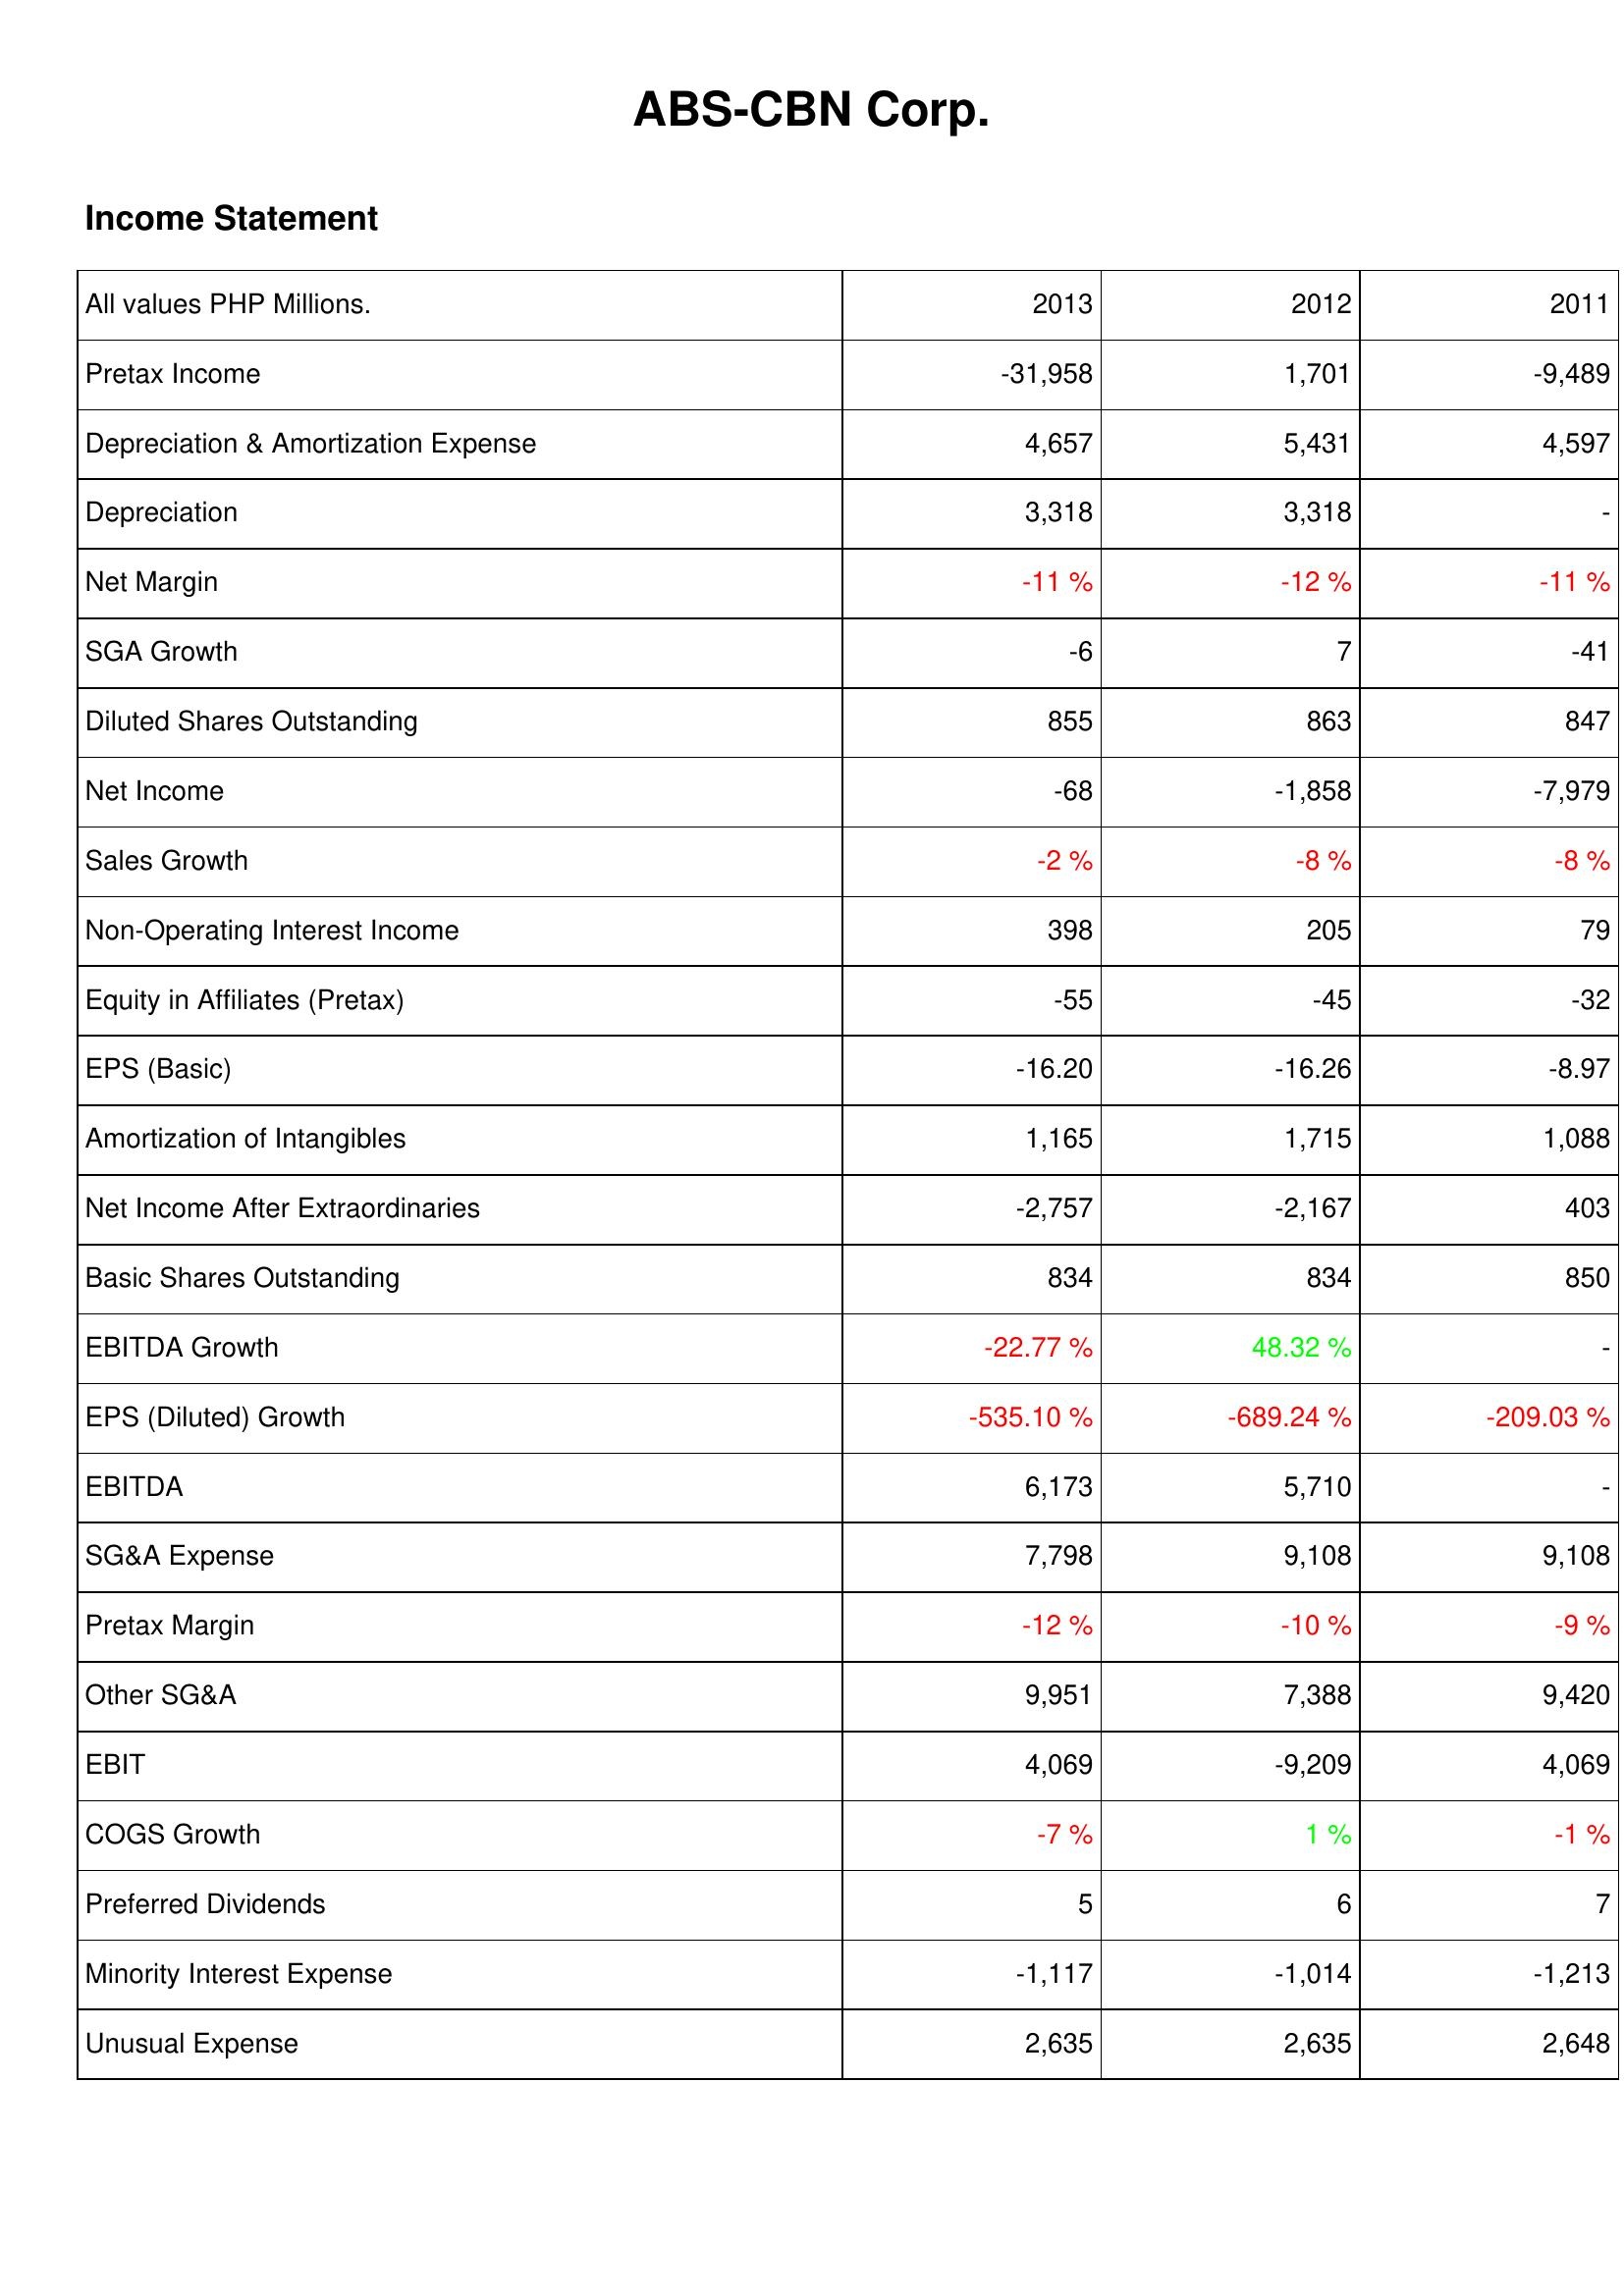
2013: Income Statement: Pretax Income: -31,958
Depreciation & Amortization Expense: 4,657
Depreciation: 3,318
Net Margin: -11 %
SGA Growth: -6
Diluted Shares Outstanding: 855
Net Income: -68
Sales Growth: -2 %
Non-Operating Interest Income: 398
Equity in Affiliates (Pretax): -55
EPS (Basic): -16.20
Amortization of Intangibles: 1,165
Net Income After Extraordinaries: -2,757
Basic Shares Outstanding: 834
EBITDA Growth: -22.77 %
EPS (Diluted) Growth: -535.10 %
EBITDA: 6,173
SG&A Expense: 7,798
Pretax Margin: -12 %
Other SG&A: 9,951
EBIT: 4,069
COGS Growth: -7 %
Preferred Dividends: 5
Minority Interest Expense: -1,117
Unusual Expense: 2,635
2012: Income Statement: Pretax Income: 1,701
Depreciation & Amortization Expense: 5,431
Depreciation: 3,318
Net Margin: -12 %
SGA Growth: 7
Diluted Shares Outstanding: 863
Net Income: -1,858
Sales Growth: -8 %
Non-Operating Interest Income: 205
Equity in Affiliates (Pretax): -45
EPS (Basic): -16.26
Amortization of Intangibles: 1,715
Net Income After Extraordinaries: -2,167
Basic Shares Outstanding: 834
EBITDA Growth: 48.32 %
EPS (Diluted) Growth: -689.24 %
EBITDA: 5,710
SG&A Expense: 9,108
Pretax Margin: -10 %
Other SG&A: 7,388
EBIT: -9,209
COGS Growth: 1 %
Preferred Dividends: 6
Minority Interest Expense: -1,014
Unusual Expense: 2,635
2011: Income Statement: Pretax Income: -9,489
Depreciation & Amortization Expense: 4,597
Depreciation: -
Net Margin: -11 %
SGA Growth: -41
Diluted Shares Outstanding: 847
Net Income: -7,979
Sales Growth: -8 %
Non-Operating Interest Income: 79
Equity in Affiliates (Pretax): -32
EPS (Basic): -8.97
Amortization of Intangibles: 1,088
Net Income After Extraordinaries: 403
Basic Shares Outstanding: 850
EBITDA Growth: -
EPS (Diluted) Growth: -209.03 %
EBITDA: -
SG&A Expense: 9,108
Pretax Margin: -9 %
Other SG&A: 9,420
EBIT: 4,069
COGS Growth: -1 %
Preferred Dividends: 7
Minority Interest Expense: -1,213
Unusual Expense: 2,648